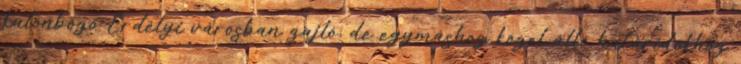
különbözõ Erdélyi városban zajló, de egymáshoz közel álló határidõkhöz